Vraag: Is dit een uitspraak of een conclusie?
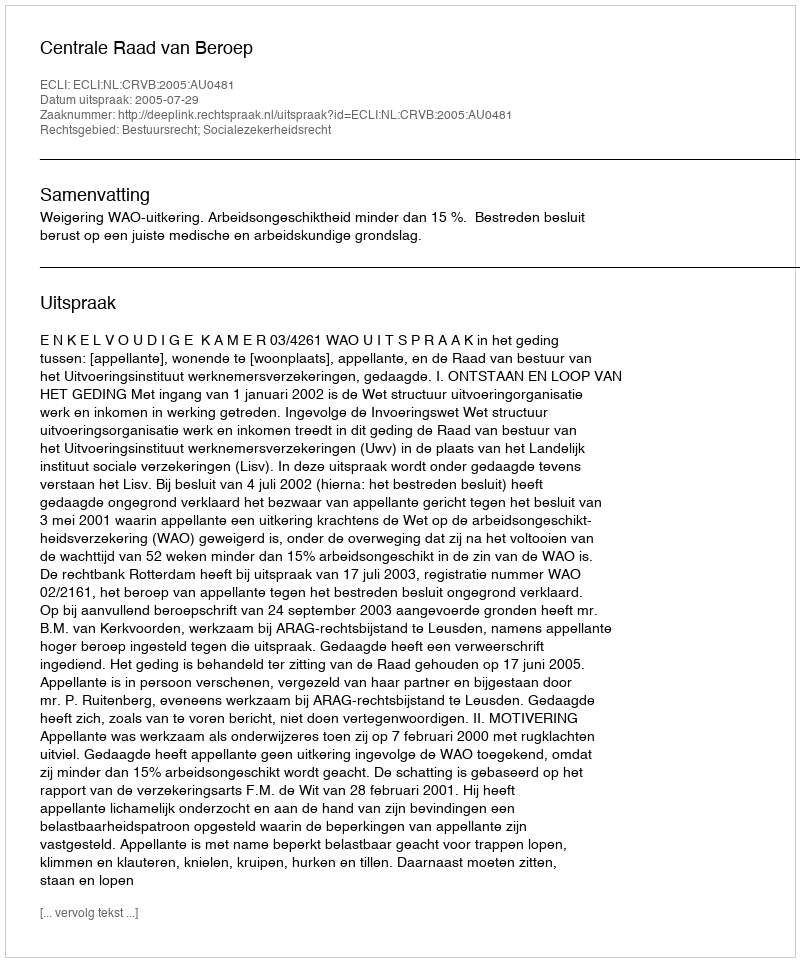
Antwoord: Uitspraak